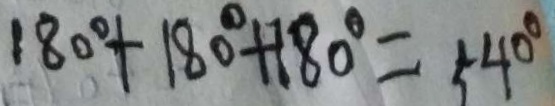
1 8 0 ^ { \circ } + 1 8 0 ^ { \circ } + 1 8 0 ^ { \circ } = 5 4 0 ^ { \circ }